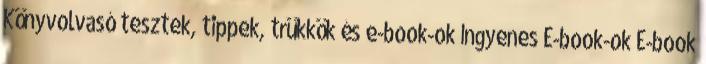
Könyvolvasó tesztek, tippek, trükkök és e-book-ok Ingyenes E-book-ok E-book